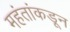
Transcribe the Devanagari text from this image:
महंतांकडून